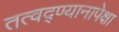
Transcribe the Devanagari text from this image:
तत्वद्ण्यानापेक्षा